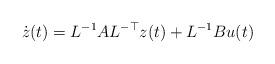
LaTeX: \begin{align*} \dot{z}(t) = L^{-1} A L^{-\top} z(t) + L^{-1} B u(t)\end{align*}